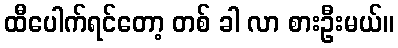
ထီပေါက်ရင်တော့ တစ် ခါ လာ စားဦးမယ်။